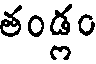
తండ్లం